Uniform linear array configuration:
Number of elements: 12
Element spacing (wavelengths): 0.25
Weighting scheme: uniform
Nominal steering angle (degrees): -45
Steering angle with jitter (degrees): -46.212
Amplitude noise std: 0.05
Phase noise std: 0.05

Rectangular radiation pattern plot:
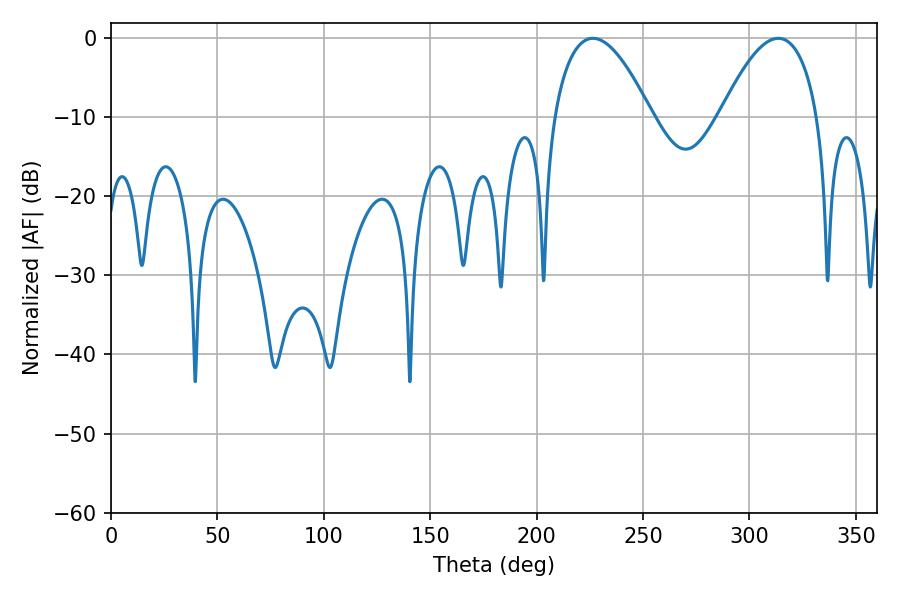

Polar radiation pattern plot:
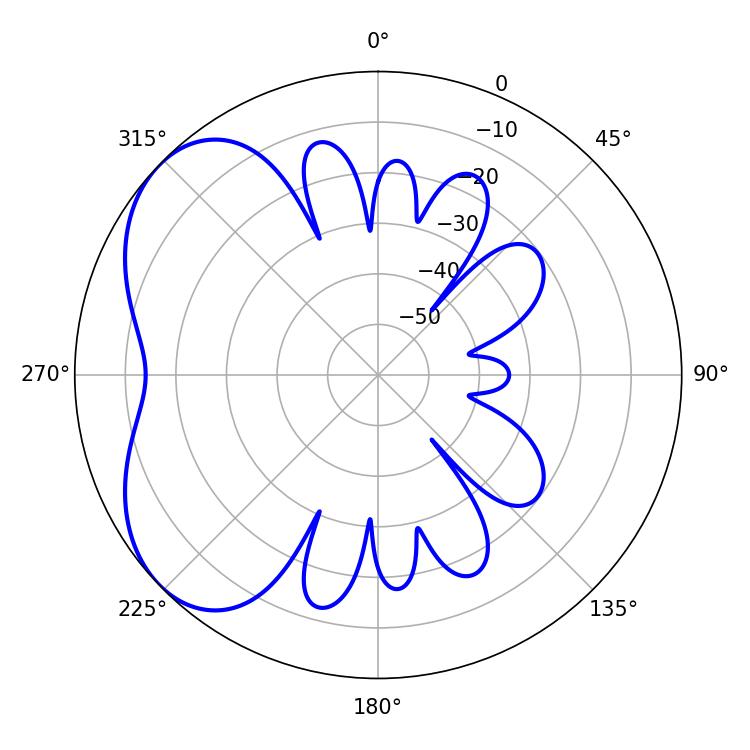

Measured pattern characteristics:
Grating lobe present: FALSE
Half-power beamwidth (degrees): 25.38
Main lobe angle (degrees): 226.44